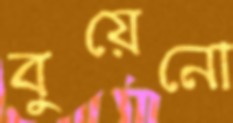
বুয়েনো